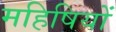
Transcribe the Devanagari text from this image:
महिषियों